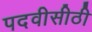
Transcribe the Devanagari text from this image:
पदवीसीठी